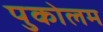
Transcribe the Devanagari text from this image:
पुकोलम